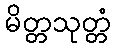
မိတ္တသုတ္တံ